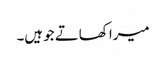
میرا کھاتے جو ہیں۔